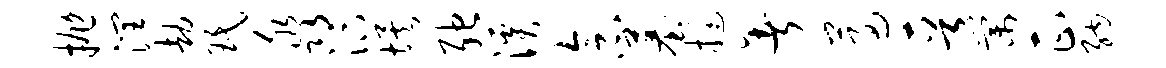
抛润劫珉淼汴埃弛溪念墓挺暑遵晋棠正纳